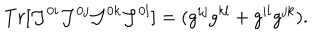
T r [ { \cal { J } } ^ { 0 i } { \cal { J } } ^ { 0 j } { \cal { J } } ^ { 0 k } { \cal { J } } ^ { 0 l } ] = ( g ^ { i j } g ^ { k l } + g ^ { i l } g ^ { j k } ) .